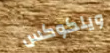
ويلكوكس